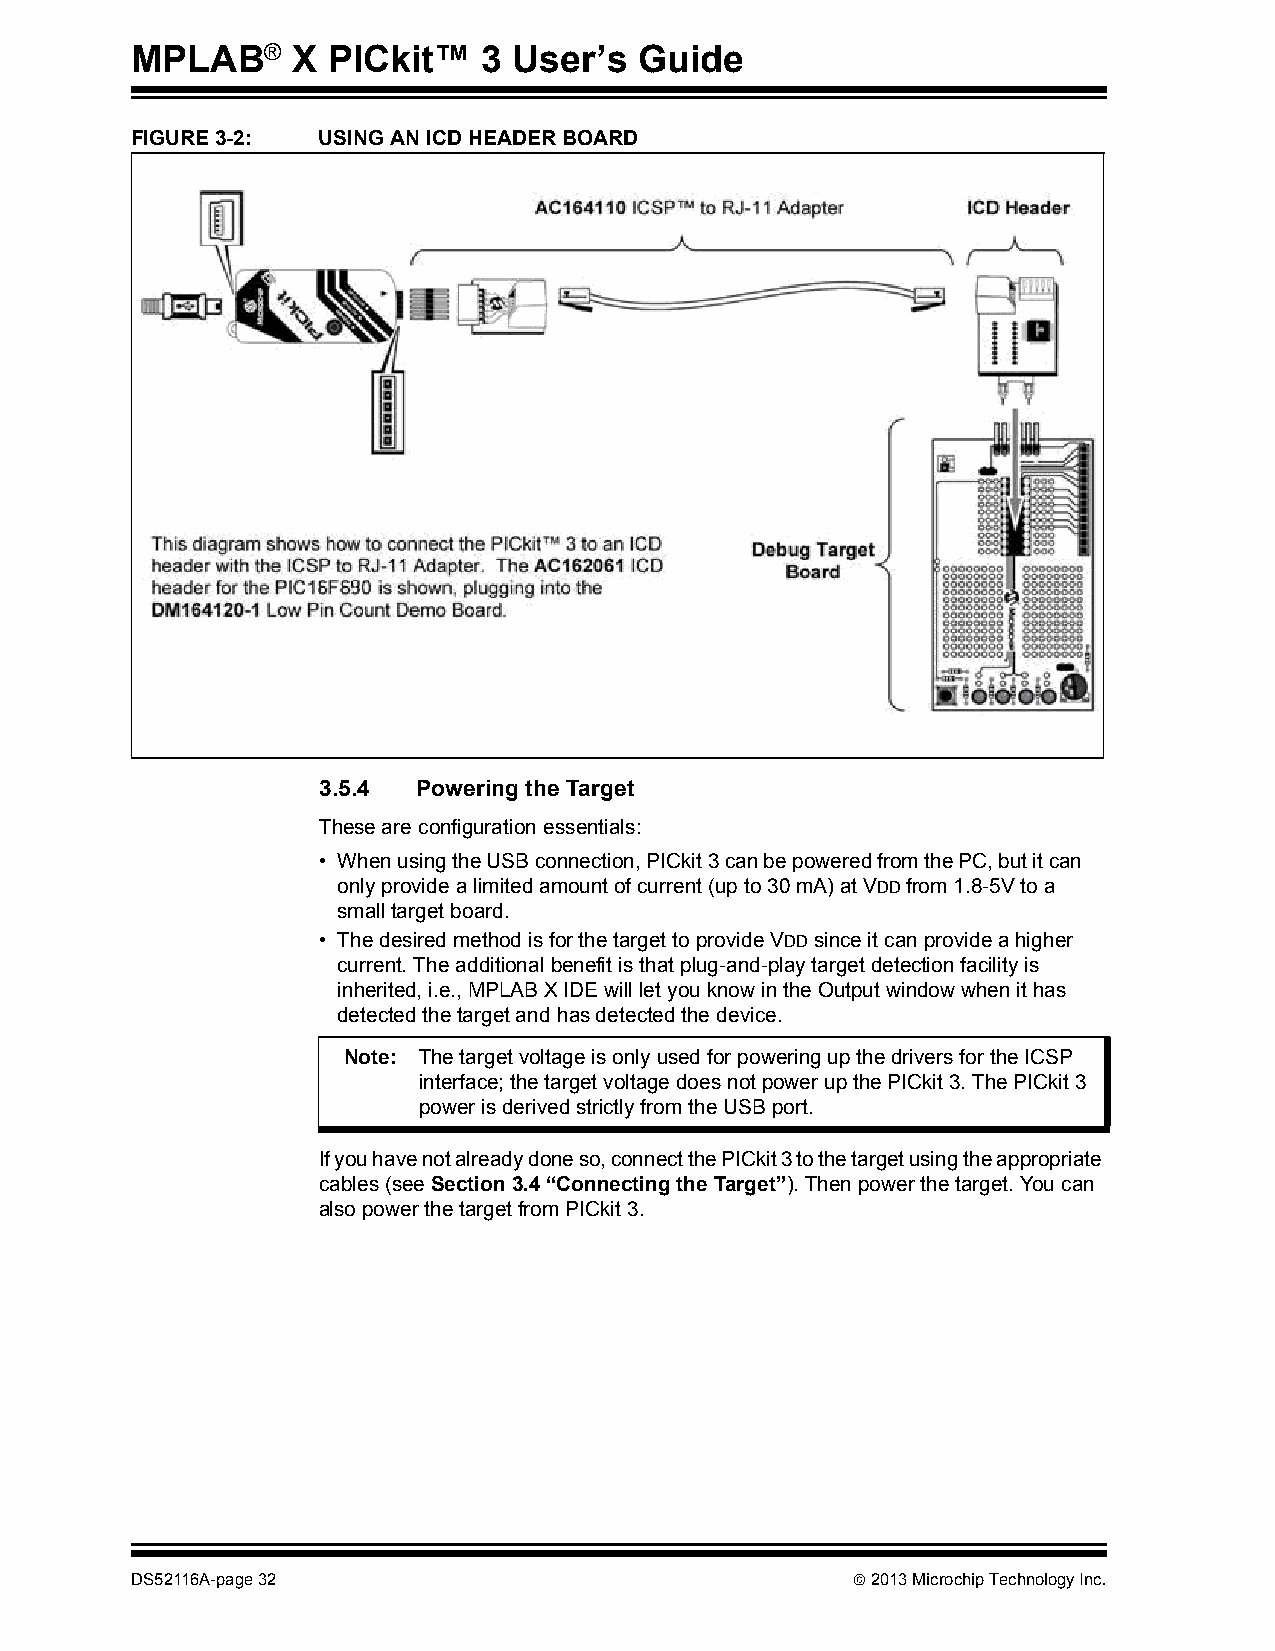
MPLAB®    X  PICkit™   3 User’s  Guide
 FIGURE 3-2: USING AN ICD HEADER BOARD
 3.5.4  Powering the Target
 These are configuration essentials:
 • When using the USB connection, PICkit3 can be powered from the PC, but it can
 only provide a limited amount of current (up to 30 mA) at VDD from 1.8-5V to a
 small target board.
 • The desired method is for the target to provide VDD since it can provide a higher
 current. The additional benefit is that plug-and-play target detection facility is
 inherited, i.e., MPLAB X IDE will let you know in the Output window when it has
 detected the target and has detected the device.
 Note: The target voltage is only used for powering up the drivers for the ICSP
 interface; the target voltage does not power up the PICkit3. The PICkit3
 power is derived strictly from the USB port.
 If you have not already done so, connect the PICkit 3 to the target using the appropriate
 cables (see Section3.4“Connecting the Target”). Then power the target. You can
 also power the target from PICkit 3.
 DS52116A-page 32                                2013 Microchip Technology Inc.